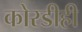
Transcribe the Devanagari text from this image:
कोरडीही